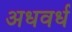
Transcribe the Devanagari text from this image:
अधवर्ध